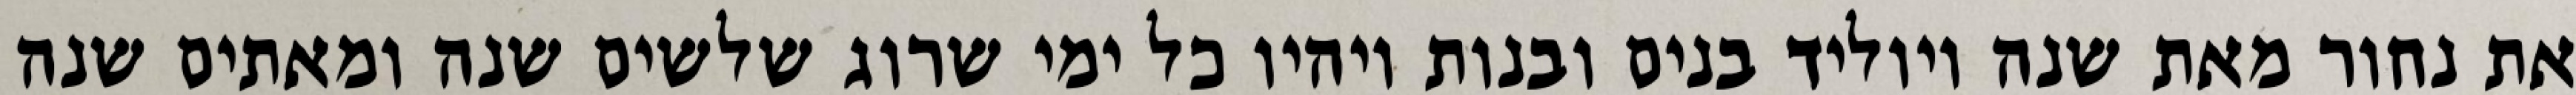
את נחור מאת שנה ויוליד בנים ובנות ויהיו כל ימי שרוג שלשים שנה ומאתים שנה